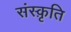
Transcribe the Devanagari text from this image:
संस्‍क़ृति